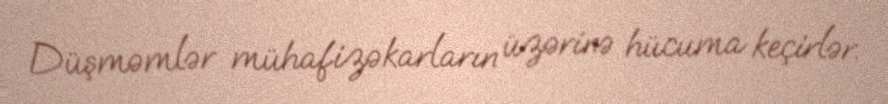
Düşməmlər mühafizəkarların üzərinə hücuma keçirlər.